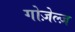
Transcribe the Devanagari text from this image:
गोज़ेल्ज़